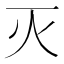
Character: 灭